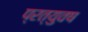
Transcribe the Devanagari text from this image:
प्रत्युवष